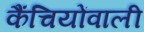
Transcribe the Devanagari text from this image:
कैंचियोंवाली